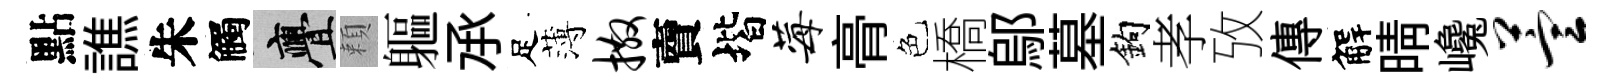
點譙朱觸亹頼軀𠄘足薄撒𧶠堦莓𮌔色橋鄔墓鈎孝攷傳解晴巉萱